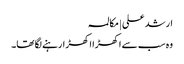
ارشد علی | مکالمہ
وہ سب سے اکھڑا اکھڑارہنے لگا تھا۔